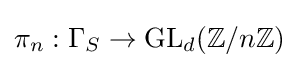
\pi _{n}:\Gamma _{S}\to \mathrm {GL} _{d}(\mathbb {Z} /n\mathbb {Z} )